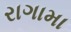
રાગામા